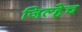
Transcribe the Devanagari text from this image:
जिल्हेच